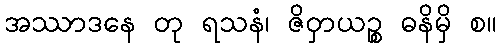
အဿာဒနေ တု ရသနံ၊ ဇိဝှာယဉ္စ ဓနိမှိ စ။